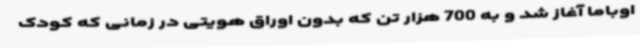
اوباما آغاز شد و به 700 هزار تن که بدون اوراق هویتی در زمانی که کودک